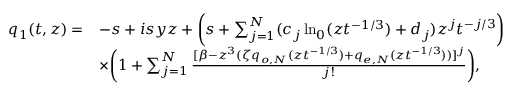
\begin{array} { r l } { q _ { 1 } ( t , z ) = } & { - s + i s y z + \bigg ( s + \sum _ { j = 1 } ^ { N } ( c _ { j } \ln _ { 0 } ( z t ^ { - 1 / 3 } ) + d _ { j } ) z ^ { j } t ^ { - j / 3 } \bigg ) } \\ & { \times \bigg ( 1 + \sum _ { j = 1 } ^ { N } \frac { [ \beta - z ^ { 3 } ( \zeta q _ { o , N } ( z t ^ { - 1 / 3 } ) + q _ { e , N } ( z t ^ { - 1 / 3 } ) ) ] ^ { j } } { j ! } \bigg ) , } \end{array}